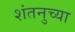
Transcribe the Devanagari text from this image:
शंतनुच्या